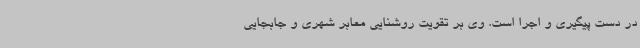
در دست پیگیری و اجرا است. وی بر تقویت روشنایی معابر شهری و جابجایی